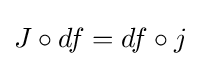
J\circ df=df\circ j